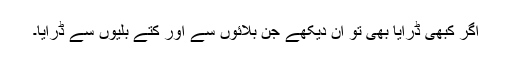
اگر کبھی ڈرایا بھی تو ان دیکھے جن بلائوں سے اور کتے بلیوں سے ڈرایا۔